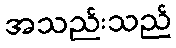
အသည်းသည်